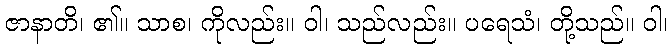
ဇာနာတိ၊ ၏။ သာစ၊ ကိုလည်း။ ဝါ၊ သည်လည်း။ ပရေသံ၊ တို့သည်။ ဝါ၊